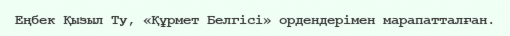
Еңбек Қызыл Ту, «Құрмет Белгісі» ордендерімен марапатталған.